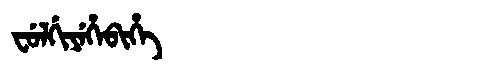
Manchu: ᠸᡠᠯᡤᡳᠶᡝᡥᡝᠪᡳᡥᡝ
Romanization: FULGIYEHEBIHE